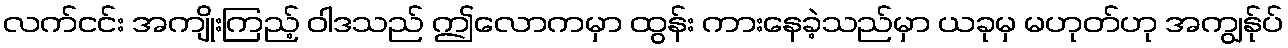
လက်ငင်း အကျိုးကြည့် ဝါဒသည် ဤလောကမှာ ထွန်း ကားနေခဲ့သည်မှာ ယခုမှ မဟုတ်ဟု အကျွန်ုပ်